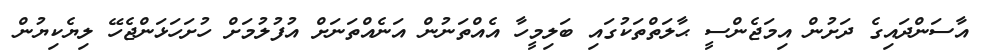
އާސަންދައިގެ ދަށުން އިމަޖެންސީ ޙާލަތްތަކުގައި ބަލިމީހާ އެއްތަނުން އަނެއްތަނަށް އުފުލުމަށް ހުށަހަޅަންޖެހޭ ލިޔެކިޔުން